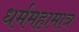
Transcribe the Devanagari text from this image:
धर्ममहामात्र